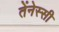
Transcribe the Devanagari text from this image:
तेंनेस्सी